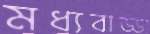
মধ্যবাড্ডা